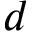
d